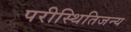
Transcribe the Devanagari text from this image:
परीस्थितिजन्य